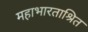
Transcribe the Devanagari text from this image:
महाभारताश्रित